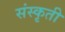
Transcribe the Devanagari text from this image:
संस्कृती